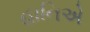
હાનિએ